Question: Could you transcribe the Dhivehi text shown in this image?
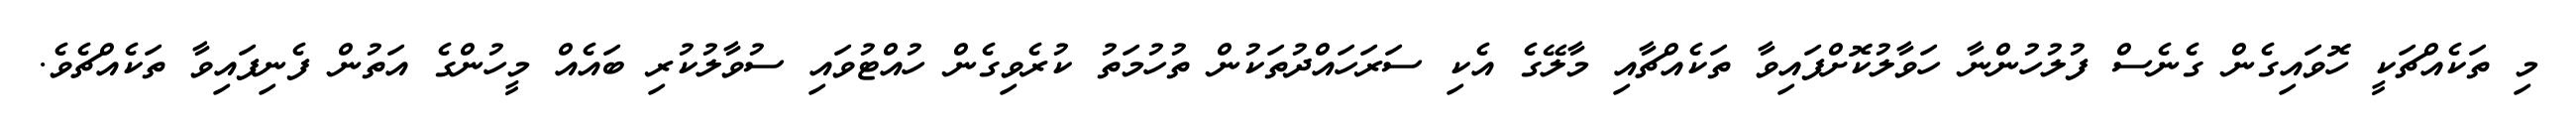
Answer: މި ތަކެއްޗަކީ ހޮވައިގެން ގެނެސް ފުލުހުންނާ ހަވާލުކޮށްފައިވާ ތަކެއްޗާއި މާލޭގެ އެކި ސަރަހައްދުތަކުން ތުހުމަތު ކުރެވިގެން ހުއްޓުވައި ސުވާލުކުރި ބައެއް މީހުންގެ އަތުން ފެނިފައިވާ ތަކެއްޗެވެ.